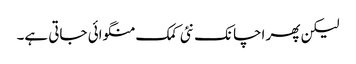
لیکن پھر اچانک نئی کمک منگوائی جاتی ہے۔